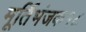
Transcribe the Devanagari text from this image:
मूर्तिभंजक१८